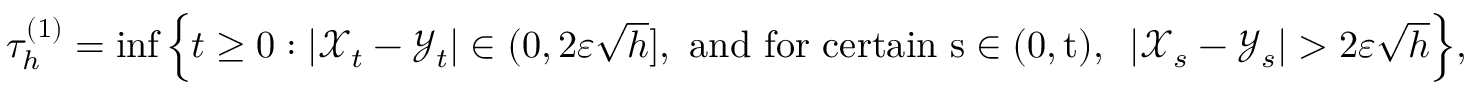
\begin{array} { r } { \tau _ { h } ^ { ( 1 ) } = \operatorname* { i n f } \Big \{ t \ge 0 : | { \mathcal X } _ { t } - { \mathcal Y } _ { t } | \in ( 0 , 2 \varepsilon \sqrt { h } ] , \ { \mathrm { a n d ~ f o r ~ c e r t a i n ~ s \in ( 0 , t ) , ~ } } \ | { \mathcal X } _ { s } - { \mathcal Y } _ { s } | > 2 \varepsilon \sqrt { h } \Big \} , } \end{array}